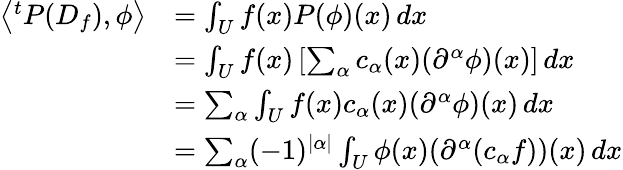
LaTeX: {\begin{array}{rl}{\left\langle^{t}P(D_{f}),\phi\right\rangle}&{=\int_{U}f(x)P(\phi)(x)\, dx}\\ &{=\int_{U}f(x)\left[\sum_{\alpha}c_{\alpha}(x)(\partial^{\alpha}\phi)(x)\right]\, dx}\\ &{=\sum_{\alpha}\int_{U}f(x)c_{\alpha}(x)(\partial^{\alpha}\phi)(x)\, dx}\\ &{=\sum_{\alpha}(-1)^{|\alpha|}\int_{U}\phi(x)(\partial^{\alpha}(c_{\alpha}f))(x)\, dx}\end{array}}